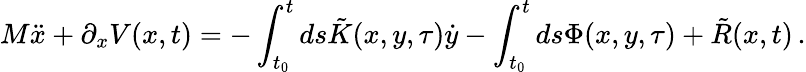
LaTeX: M\ddot{x}+\partial_{x}V(x,t)=-\int_{t_{0}}^{t}ds\tilde{K}(x,y,\tau)\dot{y}-\int_{t_{0}}^{t}ds\Phi(x,y,\tau)+\tilde{R}(x,t)\, .